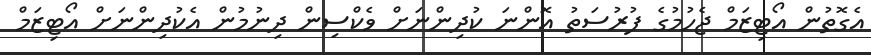
އެގޮތުން އޯޓިޒަމް ޖެހުމުގެ ފުރުސަތު އޮންނަ ކުދިންނަށް ވެކްސިން ދިނުމުން އެކުދިންނަށް އޯޓިޒަމް